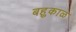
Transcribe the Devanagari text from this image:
बहुकाळ